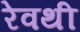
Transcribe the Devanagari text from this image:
रेवथी